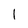
Character: l